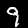
Digit: 9